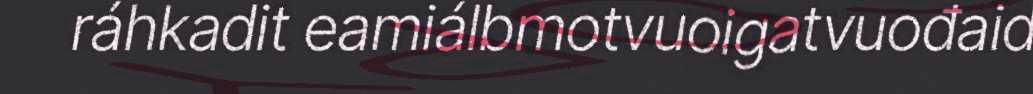
ráhkadit eamiálbmotvuoigatvuođaid